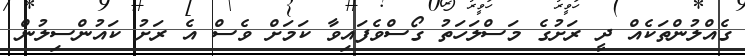
ގެއްލުންތަކެއް ދީ ރަށުގެ މަސްލަހަތު ގޯސްވެފައިވާ ކަމަށް ވެސް އެ ރަށު ކައުންސިލުން